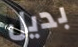
بديل